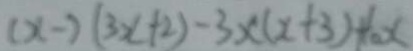
( x - ) ( 3 x + 2 ) - 3 x ( x + 3 ) + 1 0 x